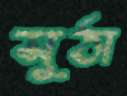
সুঠা